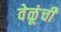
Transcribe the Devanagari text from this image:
वेळूंची